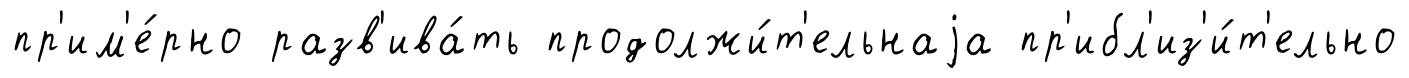
пр'им'е́рно разв'ива́ть продолжи́т'ельнаjа пр'ибл'из'и́т'ельно